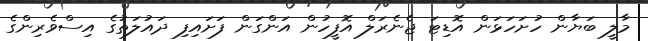
މާލީ ބަޔާން ހުށަހަޅަން އޮޑިޓަ ޖެނެރަލް އޮފީހުން އަންގަން ފަށައިފި ދައުލަތުގެ އިސްވެރިންގެ